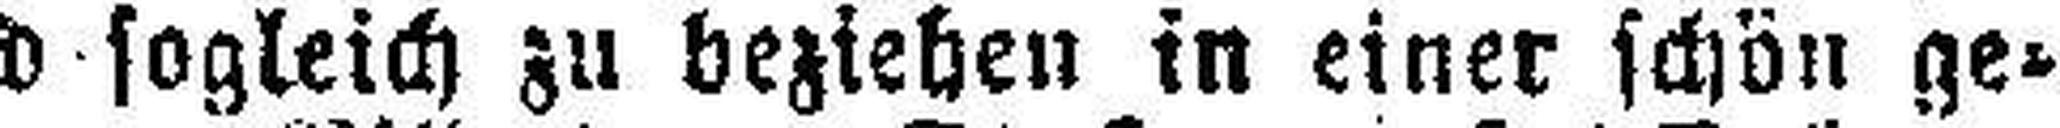
und sogleich zu beziehen in einer schön ge¬